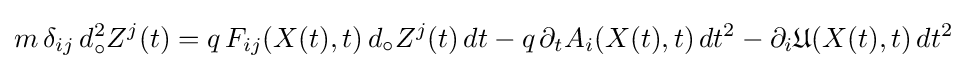
m\,\delta _{ij}\,d_{\circ }^{2}Z^{j}(t)=q\,F_{ij}(X(t),t)\,d_{\circ }Z^{j}(t)\,dt-q\,\partial _{t}A_{i}(X(t),t)\,dt^{2}-\partial _{i}{\mathfrak {U}}(X(t),t)\,dt^{2}